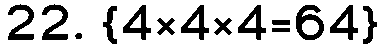
22. {4×4×4=64}